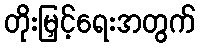
တိုးမြှင့်ရေးအတွက်